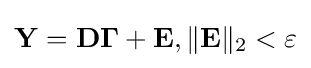
{\textstyle \mathbf {Y} =\mathbf {D} \mathbf {\Gamma } +\mathbf {E} ,\|\mathbf {E} \|_{2}<\varepsilon }